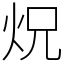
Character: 炾